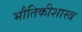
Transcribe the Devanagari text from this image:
भौतिकीशास्त्र